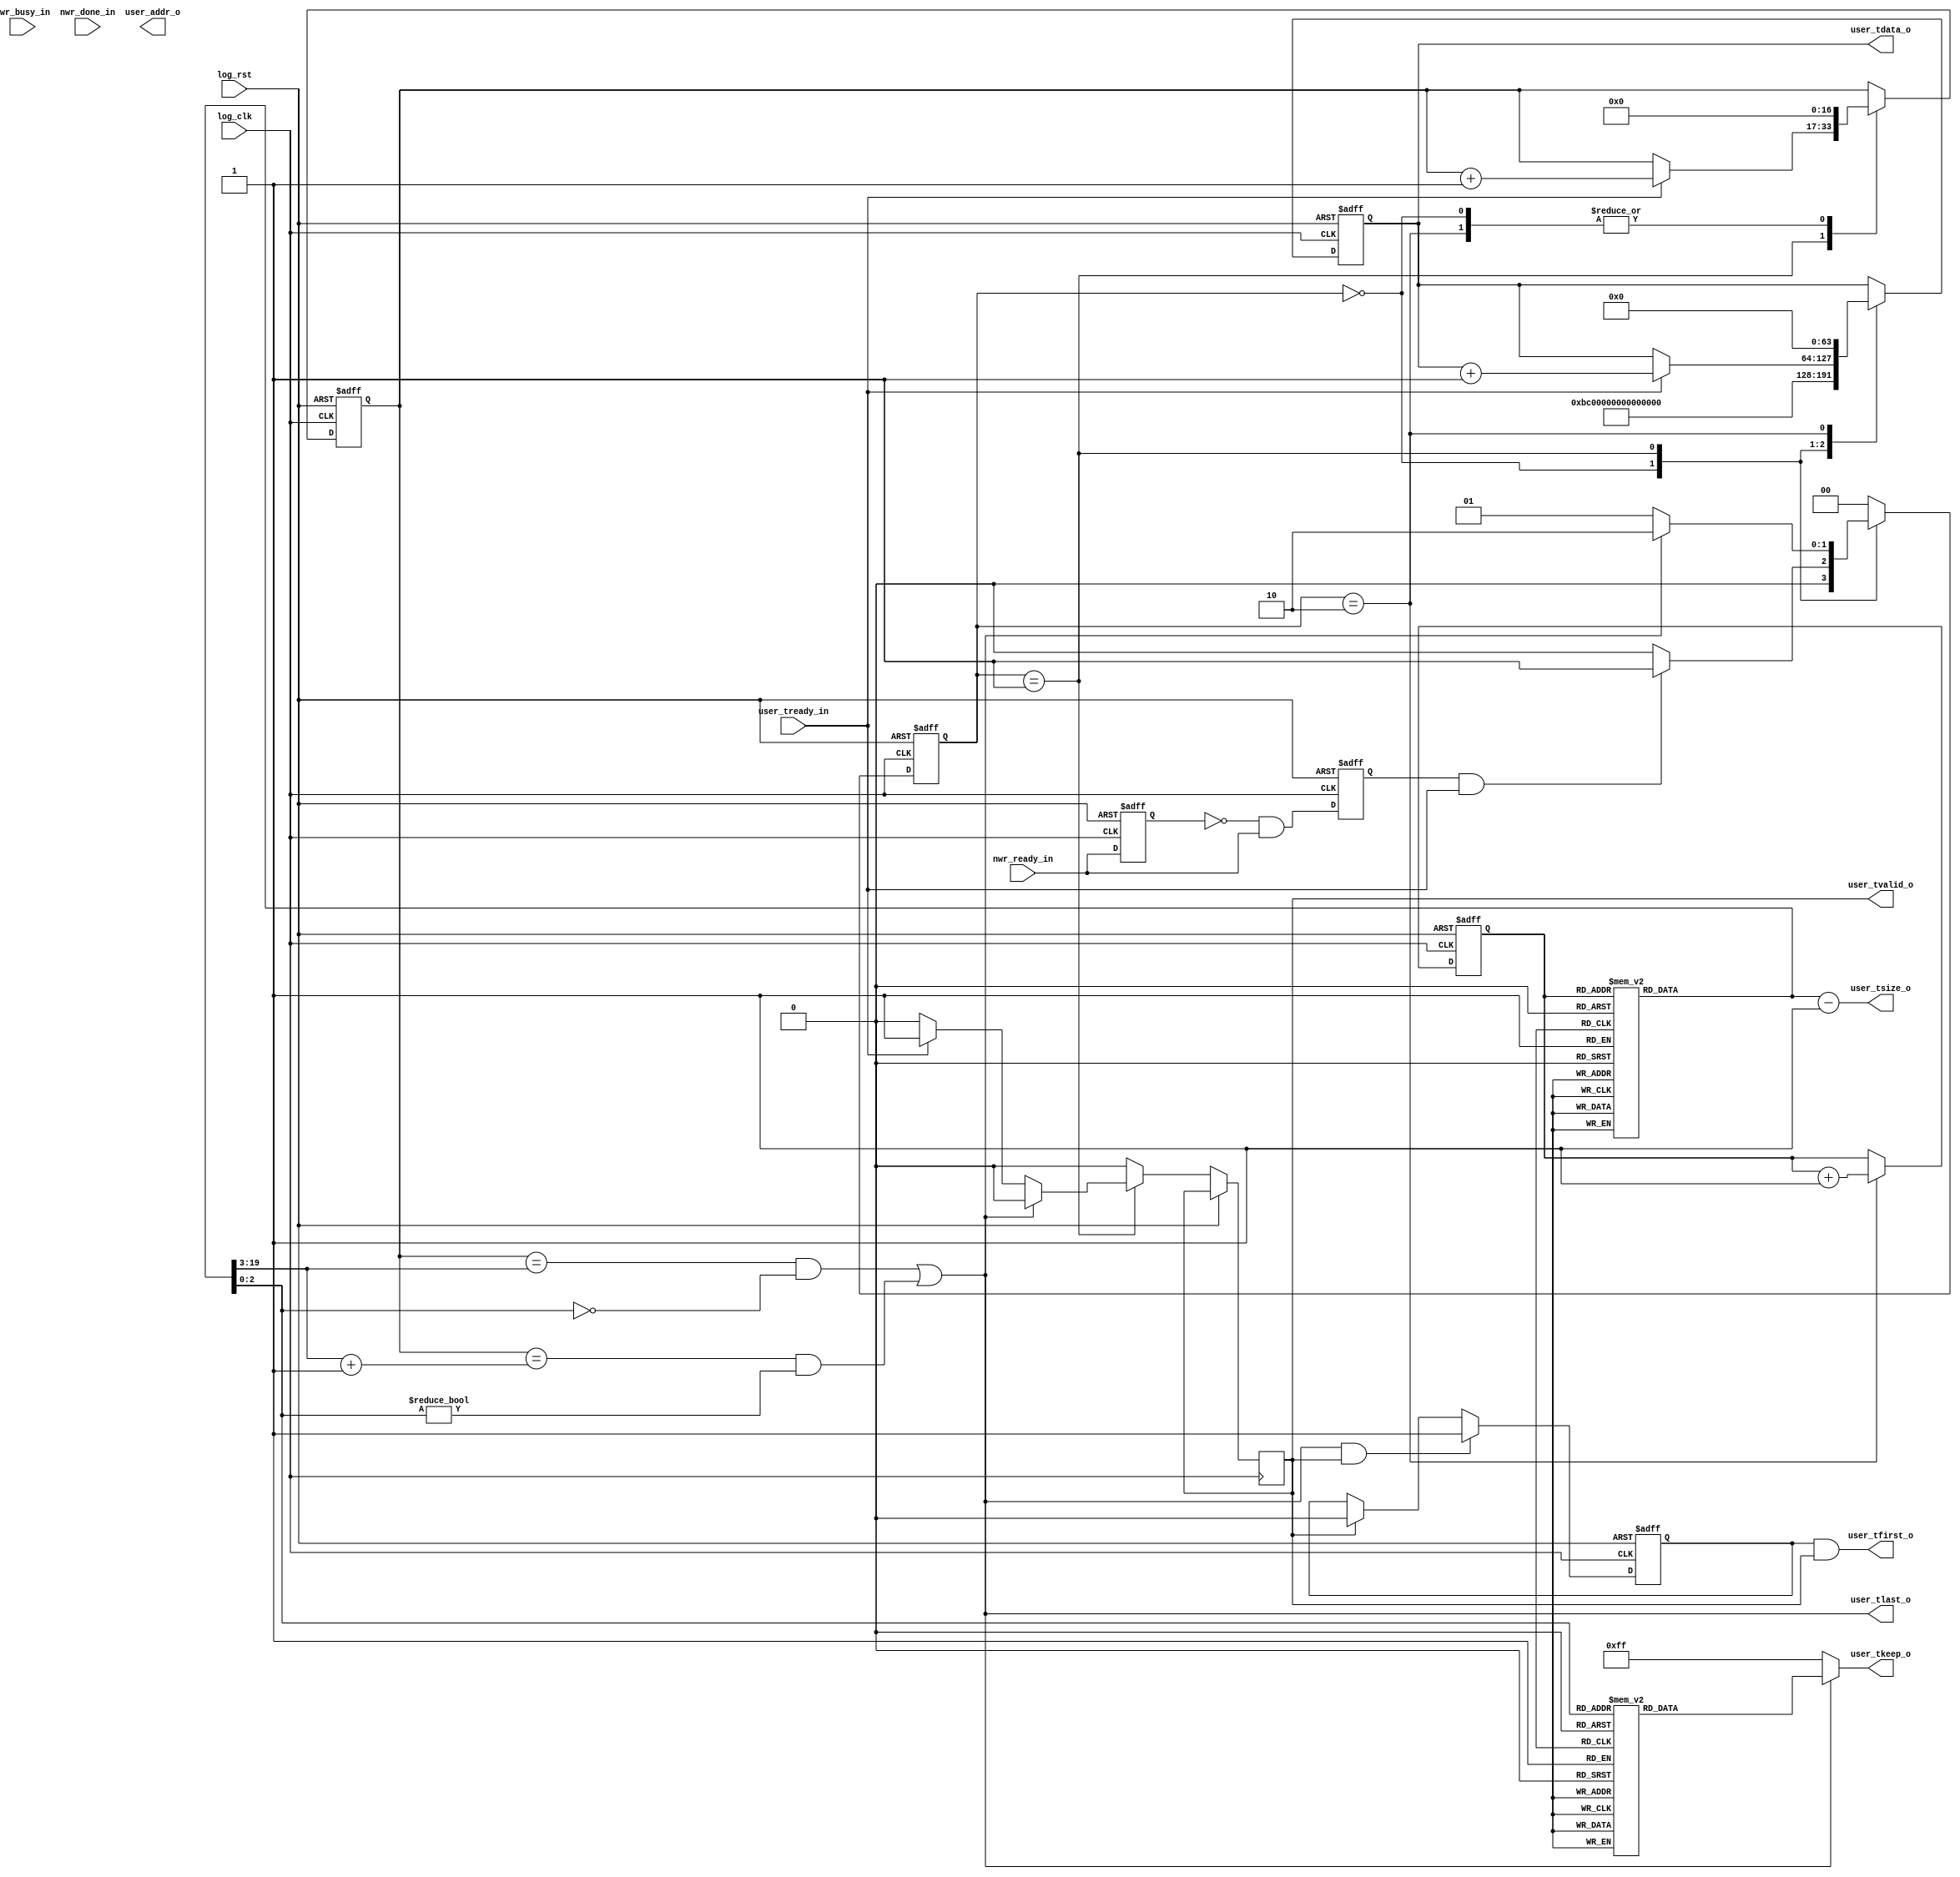
`timescale     1ns/1ns

module user_logic (

    input wire log_clk,
    input wire log_rst,

    input wire nwr_ready_in,
    input wire nwr_busy_in,
    input wire nwr_done_in,

    input wire user_tready_in,
    output wire [33:0] user_addr_o,
    output wire [19:0] user_tsize_o,

    output wire [63:0] user_tdata_o,
    output wire user_tfirst_o,
    output reg user_tvalid_o,
    output reg [7:0] user_tkeep_o,
    output wire user_tlast_o

    );

localparam DATA_SIZE0 = 256;
localparam DATA_SIZE1 = 256;
localparam DATA_SIZE2 = 256;
localparam DATA_SIZE3 = 256;
localparam DATA_SIZE4 = 256;
localparam DATA_SIZE5 = 256;
localparam DATA_SIZE6 = 256;
localparam DATA_SIZE7 = 256;

localparam IDLE_s = 2'd0;
localparam GEN_DATA_s = 2'd1;
localparam END_s = 2'd2;

reg [2:0] data_sel = 3;

reg [1:0] state;
reg [63:0] gen_data;
reg [19:0] user_tsize;

reg [11:0] byte_cnt;

// Count the sent data in the unit of qword
reg [16:0] qword_cnt;
reg data_first;
reg data_gen_ena;
reg nwr_ready_r;


assign user_tsize_o = user_tsize-1;
assign user_tlast_o = ((qword_cnt == (user_tsize[19:3] ) && user_tsize[2:0] == 2'd0) ||
                        (qword_cnt == (user_tsize[19:3] + 1 ) && user_tsize[2:0] != 2'd0));
assign user_tdata_o = gen_data;

always @(*) begin
    if (user_tlast_o) begin
        case(user_tsize[2:0])
            // Data placement is from left to high, like little-endian.
            3'd0: user_tkeep_o = 8'hff;
            3'h1: user_tkeep_o = 8'h80;
            3'h2: user_tkeep_o = 8'ha0;
            3'h3: user_tkeep_o = 8'he0;
            3'h4: user_tkeep_o = 8'hf0;
            3'h5: user_tkeep_o = 8'hf8;
            3'h6: user_tkeep_o = 8'hfa;
            3'h7: user_tkeep_o = 8'hfe;
            default: user_tkeep_o = 8'h0;
        endcase
    end
    else begin
        user_tkeep_o = 8'hff;
    end
end

always @(*) begin
    case(data_sel)
        3'd0: user_tsize <= DATA_SIZE0;
        3'd1: user_tsize <= DATA_SIZE1;
        3'd2: user_tsize <= DATA_SIZE2;
        3'd3: user_tsize <= DATA_SIZE3;
        3'd4: user_tsize <= DATA_SIZE4;
        3'd5: user_tsize <= DATA_SIZE5;
        3'd6: user_tsize <= DATA_SIZE6;
        3'd7: user_tsize <= DATA_SIZE7;
    endcase // data_sel
end

always @(posedge log_clk or posedge log_rst) begin
    if (log_rst) begin
        nwr_ready_r <= 1'b0;
        data_gen_ena <= 1'b0;
    end
    else begin
        nwr_ready_r <= nwr_ready_in;
        data_gen_ena <= ~nwr_ready_r & nwr_ready_in;
    end
end

always @(posedge log_clk or posedge    log_rst) begin
    if (log_rst) begin
        state <= IDLE_s;
        data_sel <= 2'h0;
        gen_data <= 'h0;
        qword_cnt <= 'h0;
        byte_cnt <= 'h0;
    end
    else begin
        user_tvalid_o <= 1'b0;
        case(state)
            IDLE_s: begin
                gen_data <= 64'hbc00000000000000;
                qword_cnt <= 'h0;
                byte_cnt <= 'h0;
                if (data_gen_ena && user_tready_in) begin
                    state <= GEN_DATA_s;
                end
                else begin
                    state <= IDLE_s;
                end

            end
            GEN_DATA_s: begin

                if (user_tready_in) begin
                    gen_data <= gen_data + 64'h1;
                    user_tvalid_o <= 1'b1;
                    qword_cnt <= qword_cnt + 1;

                end
                else begin
                    gen_data <= gen_data;
                    user_tvalid_o <= 1'b0;
                    qword_cnt <= qword_cnt;
                end

                if (user_tlast_o) begin
                    state <= END_s;
                    user_tvalid_o <= 1'b0;
                end
                else begin
                    state <= GEN_DATA_s;
                end // else
            end
            END_s: begin
                gen_data <= 'h0;
                qword_cnt <= 'h0;
                byte_cnt <= 'h0;
                state <= IDLE_s;
                data_sel <= data_sel + 4'h1;
            end
            default: begin
                state <= IDLE_s;
            end
        endcase // data_sel
    end
end

always @(posedge log_clk or posedge log_rst) begin
    if (log_rst) begin
        data_first <= 1'b1;
    end
    else begin
        if (user_tlast_o && user_tvalid_o) begin
            data_first <= 1'b1;
        end
        else if (user_tvalid_o) begin
            data_first <= 1'b0;
        end
    end
end

assign user_tfirst_o = data_first && user_tvalid_o;

endmodule // user_logic